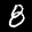
Label: 8